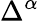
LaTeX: \Delta^{\alpha}